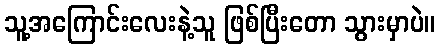
သူ့အကြောင်းလေးနဲ့သူ ဖြစ်ပြီးတော သွားမှာပဲ။